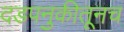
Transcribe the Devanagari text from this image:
दडपनुकीतूनच